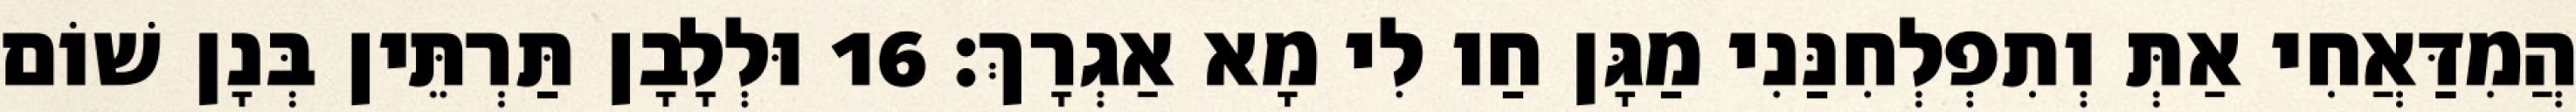
הֲמִדַּאֲחִי אַתְּ וְתִפְלְחִנַּנִי מַגָּן חַו לִי מָא אַגְרָךְ׃ 16 וּלְלָבָן תַּרְתֵּין בְּנָן שׁוֹם